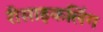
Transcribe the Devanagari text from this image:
रीसाइकलिंग